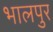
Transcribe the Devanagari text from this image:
भालपुर